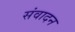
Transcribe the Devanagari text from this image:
संवादन